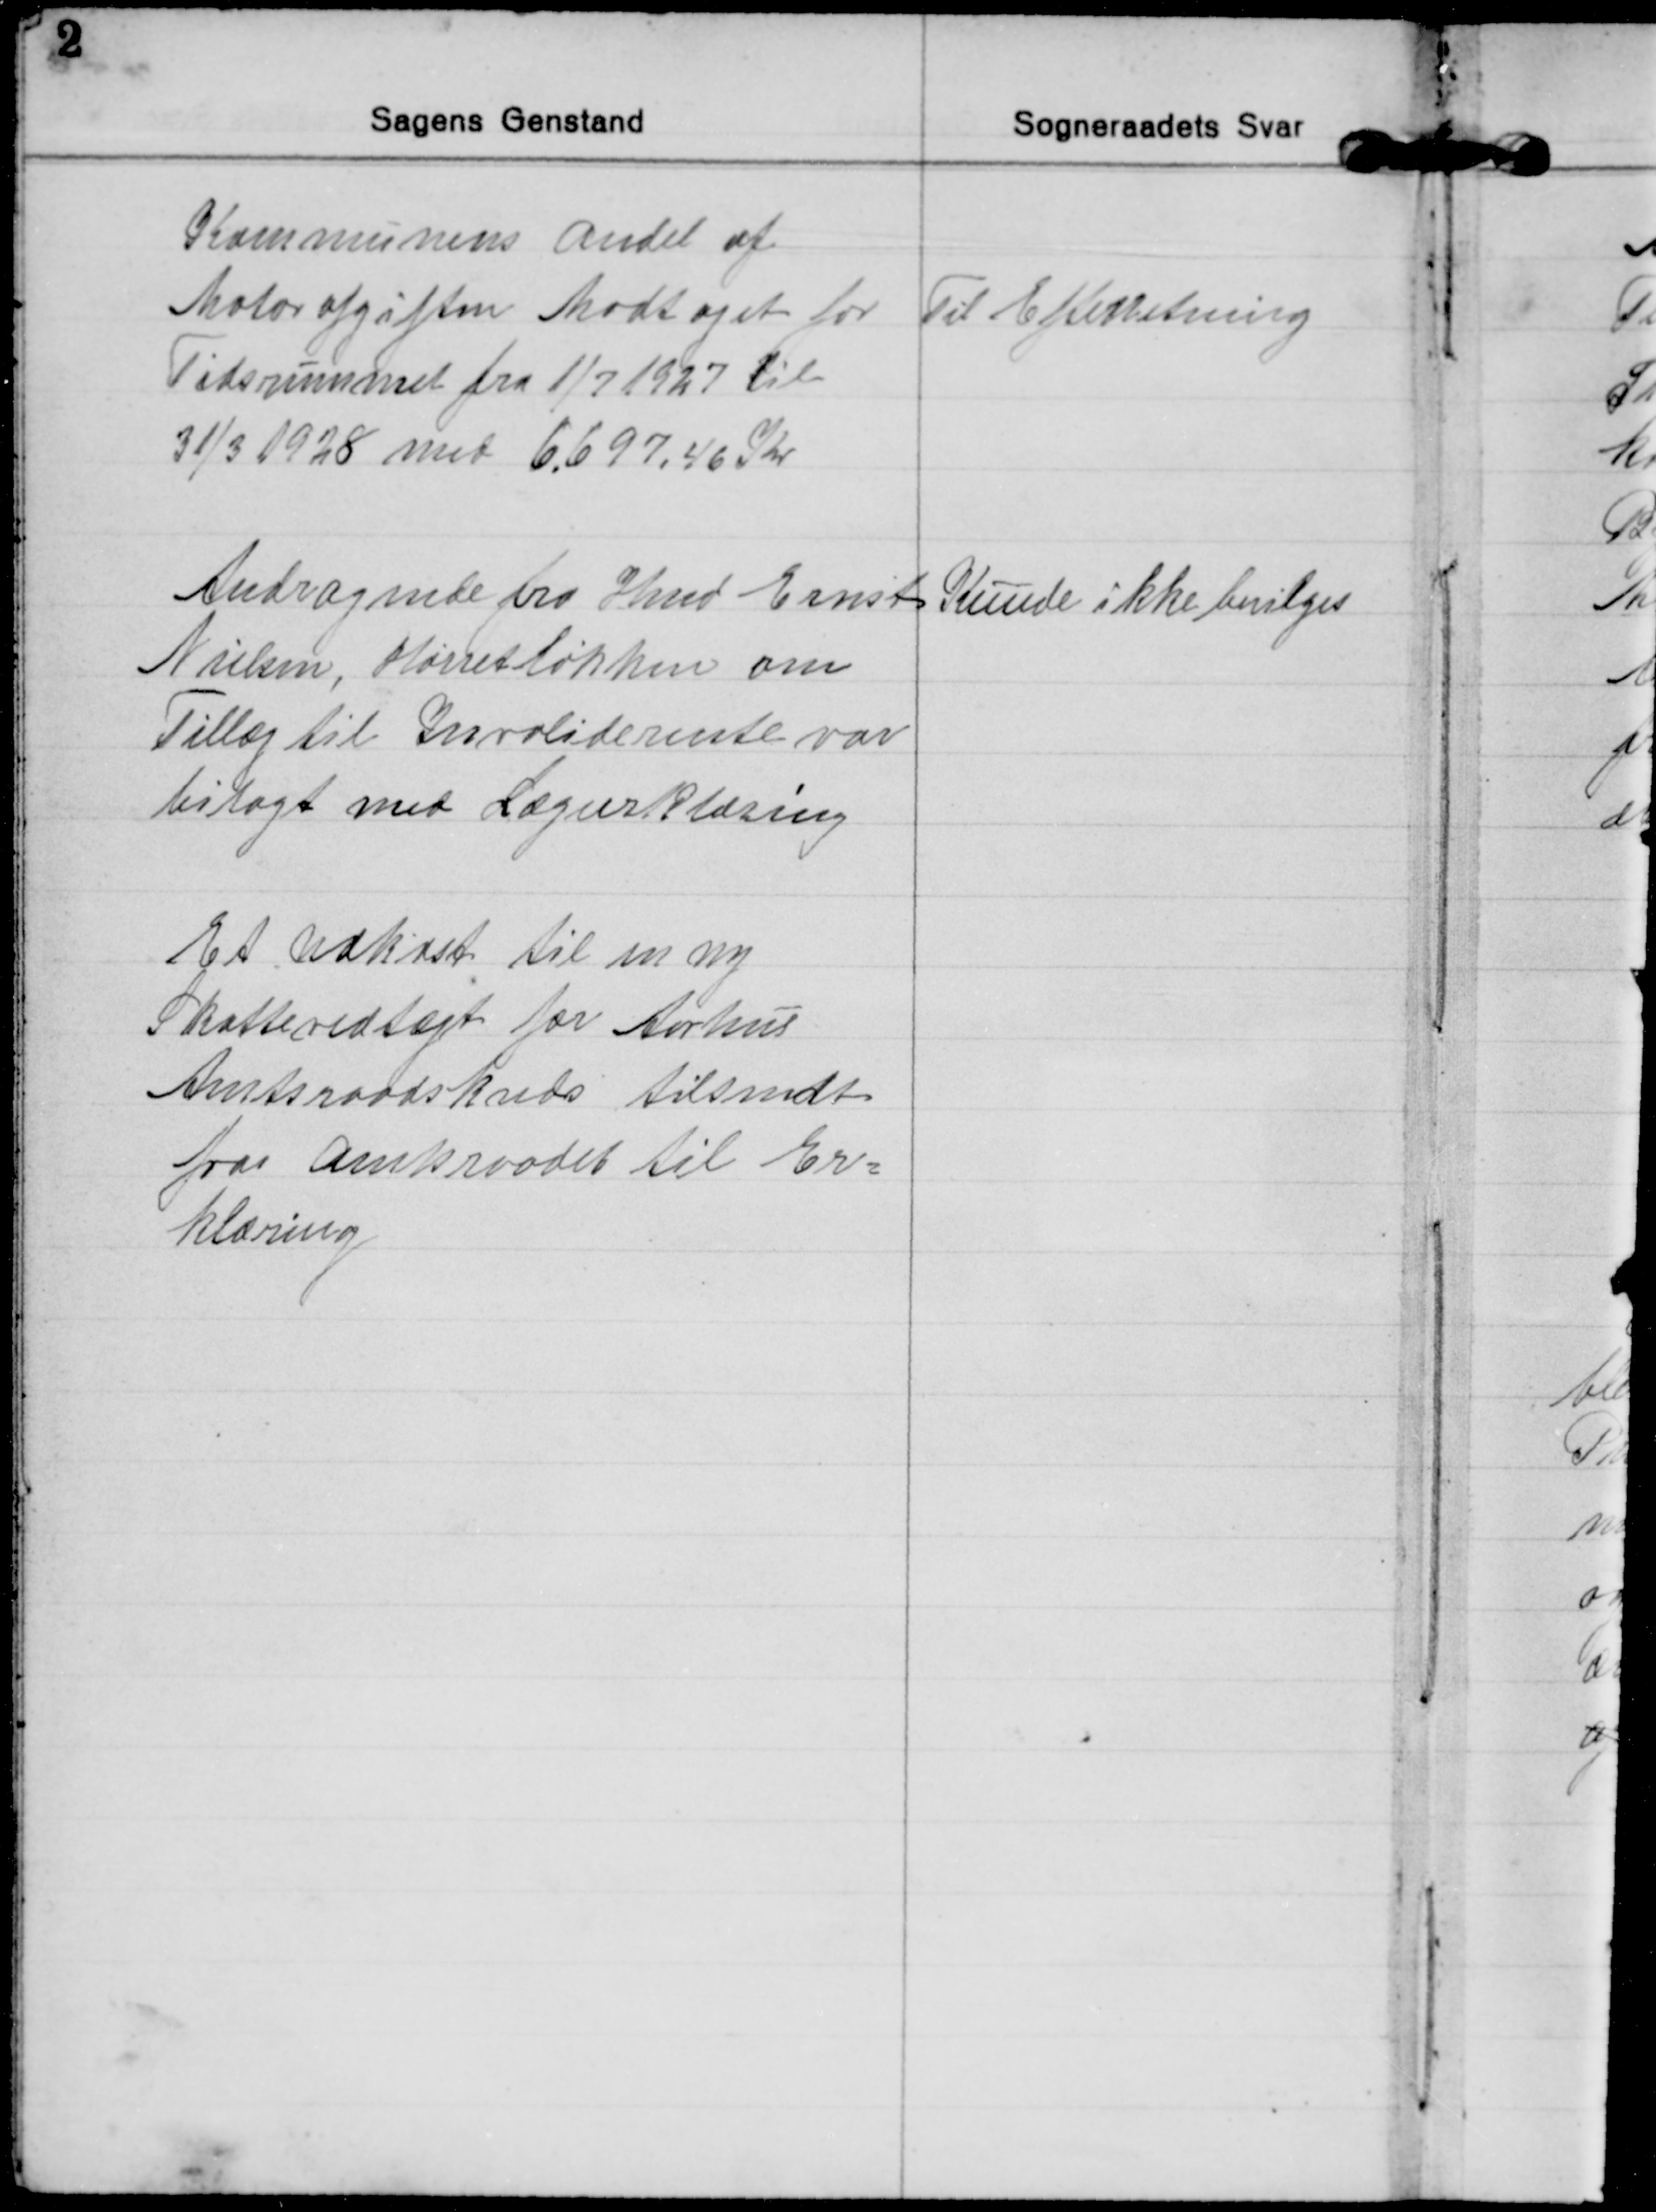
Transskription:
Kommunens Andel af
Motorafgiften Modtaget for
Tidsrummet fra 1/7 1927 til
31/3 1928 med 6,697,46 Kr.
Til Efterretning
Andragende fra Hmd. Ernst
Nielsen, Hørretløkken om
Tillæg til Invaliderente var
bilagt med Lægeerklæring
Kunde ikke bevilges
Et Udkast til en ny
Skattevedtægt for Aarhus
Amtsraadskreds tilsendt
fra Amtsraadet til Er=
klæring